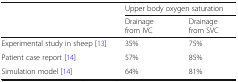
<table><thead><tr><td rowspan="2"></td><td colspan="2"><b>Upper body oxygen saturation</b></td></tr><tr><td><b>Drainage from IVC</b></td><td><b>Drainage from SVC</b></td></tr></thead><tbody><tr><td>Experimental study in sheep [13]</td><td>35%</td><td>75%</td></tr><tr><td>Patient case report [14]</td><td>57%</td><td>85%</td></tr><tr><td>Simulation model [14]</td><td>64%</td><td>81%</td></tr></tbody></table>